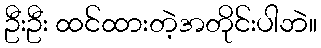
ဦးဦး ထင်ထားတဲ့အတိုင်းပါဘဲ။